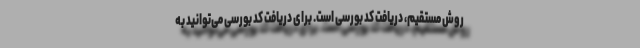
روش مستقیم، دریافت کد بورسی است. برای دریافت کد بورسی می‌توانید به